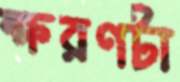
ক্ষরণটা